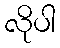
လိုပါ